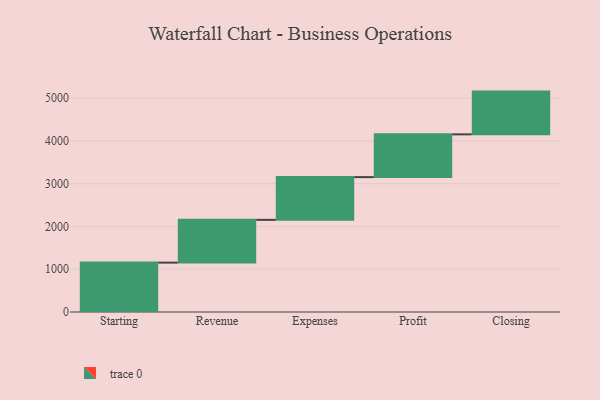
{"axis": {"x": "Step", "y": "Value"}, "legend": [""], "data": [{"x": "Starting", "y": 1155.0, "type": ""}, {"x": "Revenue", "y": 1000, "type": ""}, {"x": "Expenses", "y": 1000, "type": ""}, {"x": "Profit", "y": 1000, "type": ""}, {"x": "Closing", "y": 1000, "type": ""}]}